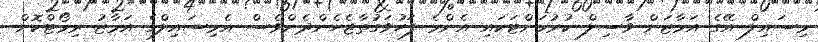
މިސައިލް އޭގެ އަމާޒަށް ވާސިލް ކުރުމަށްޓަކައި އެންމެ ފަހުވަގުތާޖެހެންދެންވެސް އެމިސައިލްގެ އަމާޒު ރިމޯޓްކޮށް